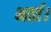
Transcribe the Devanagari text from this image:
भर्ता।